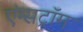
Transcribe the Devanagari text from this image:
एंग्सट्रॉम